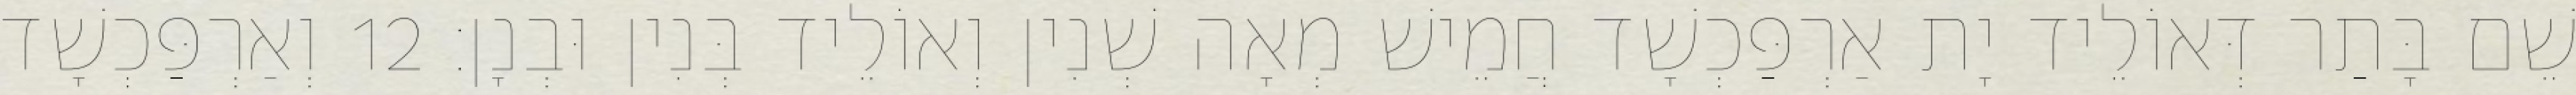
שֵׁם בָּתַר דְּאוֹלֵיד יָת אַרְפַּכְשָׁד חֲמֵישׁ מְאָה שְׁנִין וְאוֹלֵיד בְּנִין וּבְנָן׃ 12 וְאַרְפַּכְשָׁד